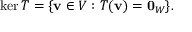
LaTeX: \ker T = \{ \mathbf { v } \in V : T ( \mathbf { v } ) = \mathbf { 0 } _ { W } \} { \mathrm { . } }